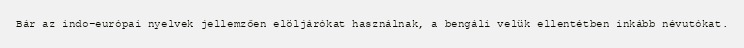
Bár az indo-európai nyelvek jellemzően elöljárókat használnak, a bengáli velük ellentétben inkább névutókat.